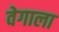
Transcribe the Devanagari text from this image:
वेगाला